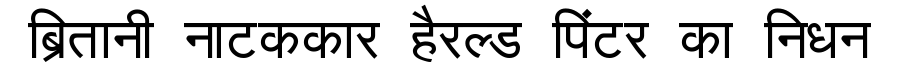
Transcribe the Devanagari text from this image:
ब्रितानी नाटककार हैरल्ड पिंटर का निधन